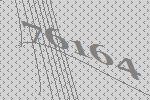
76164